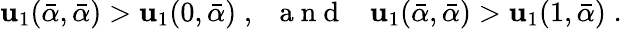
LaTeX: \mathbf{u}_{1}(\bar{{\alpha}},\bar{{\alpha}})>\mathbf{u}_{1}(0,\bar{{\alpha}})\; ,\; \; {\mathrm{{~a~n~d~}}}\; \; \; \mathbf{u}_{1}(\bar{{\alpha}},\bar{{\alpha}})>\mathbf{u}_{1}(1,\bar{{\alpha}})\; .